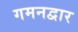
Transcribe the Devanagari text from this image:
गमनद्वार